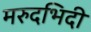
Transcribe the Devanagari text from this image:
मरुदभिदी